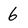
Character: 6